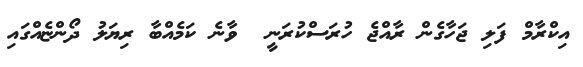
އިކްރާމް ފަލި ޖަހާގެން ރާއްޖެ ހުރަސްކުރަނީ  ވާނެ ކަމެއްބާ ރިޔަލު ދޯންޏެއްގައި